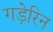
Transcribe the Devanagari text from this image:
गड़ेरिन